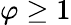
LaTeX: \varphi\geq 1